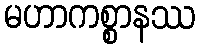
မဟာကစ္စာနဿ